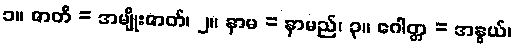
၁။ ဇာတိ = အမျိုးဇာတ်၊ ၂။ နာမ = နာမည်၊ ၃။ ဂေါတ္တ = အနွယ်၊